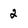
Character: 2